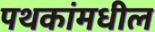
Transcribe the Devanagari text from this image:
पथकांमधील